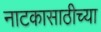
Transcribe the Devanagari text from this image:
नाटकासाठीच्या